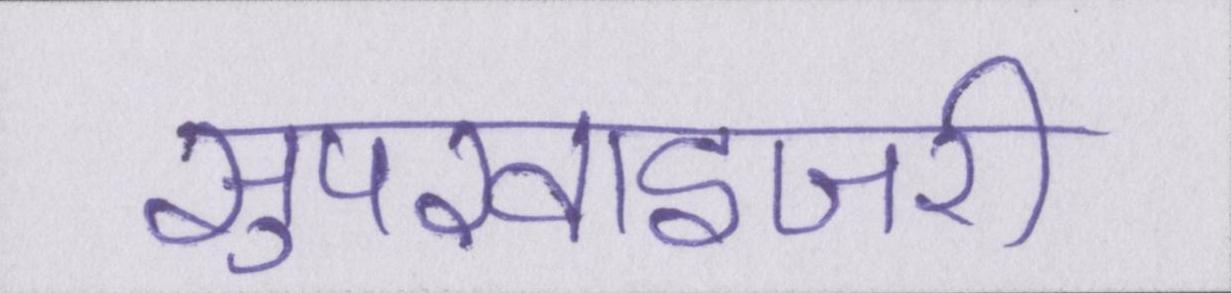
सुपरवाइजरी